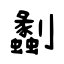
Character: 劙